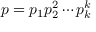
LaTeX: p = p _ { 1 } p _ { 2 } ^ { 2 } \cdots p _ { k } ^ { k }